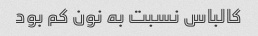
کالباس نسبت به نون کم بود